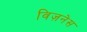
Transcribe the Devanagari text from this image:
विज़नेस